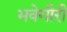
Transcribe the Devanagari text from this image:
भवेगौरी